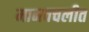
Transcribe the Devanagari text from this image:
मानवचलीत